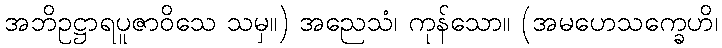
အဘိဥဋ္ဌာရပူဇာဝိသေ သမှ။) အညေသံ၊ ကုန်သော။ (အမဟေသက္ခေဟိ၊